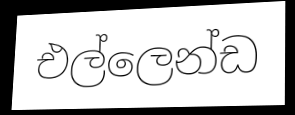
එල්ලෙන්ඩ